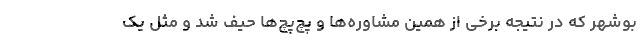
بوشهر که در نتیجه برخی از همین مشاوره‌ها و پچ‌پچ‌ها حیف شد و مثل یک